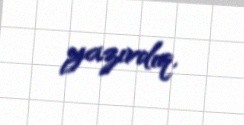
yazırdıq.